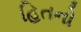
હિતનો